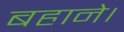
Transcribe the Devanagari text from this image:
बहाने।